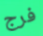
فرج